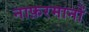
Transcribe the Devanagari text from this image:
नाफ़रमानों